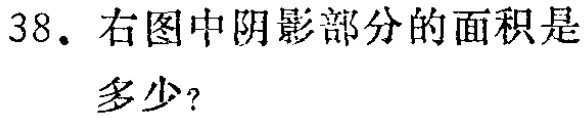
38. 右图中阴影部分的面积是多少？